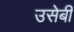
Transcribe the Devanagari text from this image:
उसेबी